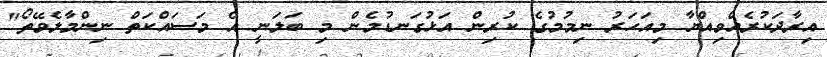
އިރާދަކުރެއްވިއްޔާ މިއަހަރު ނިމުމުގެ ކުރިން އަޅުގަނޑުމެން މި ބަލަނީ އެ މަސައްކަތް ނިންމާލެވޭތޯ"